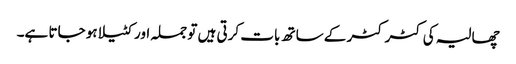
چھالیہ کی کٹر کٹر کے ساتھ بات کرتی ہیں تو جملہ اور کٹیلا ہو جاتا ہے۔